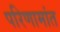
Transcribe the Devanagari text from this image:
परिणामांत